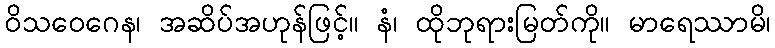
ဝိသဝေဂေန၊ အဆိပ်အဟုန်ဖြင့်။ နံ၊ ထိုဘုရားမြတ်ကို။ မာရေဿာမိ၊